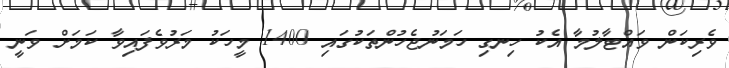
ވެރިކަން ވައްޓާލުމާ އެކު ހިނގި ހަމަނުޖެހުންތަކުގައި 1400 މީހަކު މަރުވެފައިވާ ކަމަށް ވަނީ